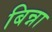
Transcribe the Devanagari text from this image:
बिन्ना